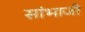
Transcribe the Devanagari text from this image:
सांभाजी